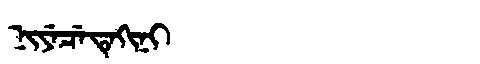
Manchu: ᠨᡳᠶᡝᠴᡝᡨᡝᡴᡳᠨᡳ
Romanization: NIYECETEKINI